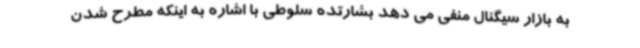
به بازار سیگنال منفی می دهد بشارتده سلوطی با اشاره به اینکه مطرح شدن